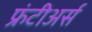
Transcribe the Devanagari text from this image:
फ्रंटीअर्स